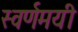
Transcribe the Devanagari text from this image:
स्‍वर्णमयी